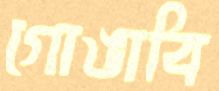
গোঙাবি